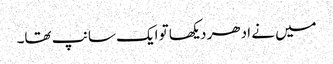
میں نے ادھر دیکھا تو ایک سانپ تھا۔